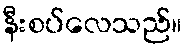
နီးစပ်လေသည်။